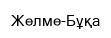
Желме-Бұқа